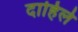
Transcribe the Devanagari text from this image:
दाहिले